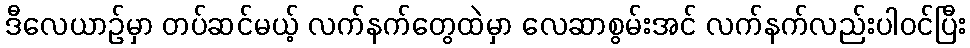
ဒီလေယာဉ်မှာ တပ်ဆင်မယ့် လက်နက်တွေထဲမှာ လေဆာစွမ်းအင် လက်နက်လည်းပါဝင်ပြီး